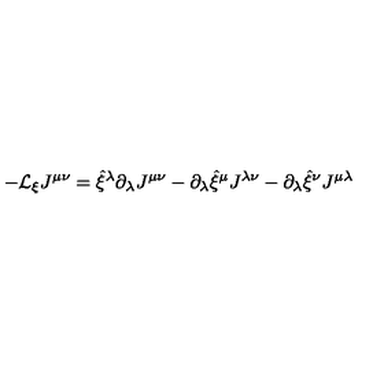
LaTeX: - { \cal L } _ { \xi } J ^ { \mu \nu } = \hat { \xi } ^ { \lambda } \partial _ { \lambda } J ^ { \mu \nu } - \partial _ { \lambda } \hat { \xi } ^ { \mu } J ^ { \lambda \nu } - \partial _ { \lambda } \hat { \xi } ^ { \nu } J ^ { \mu \lambda }